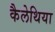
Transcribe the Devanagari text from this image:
कैलेथिया